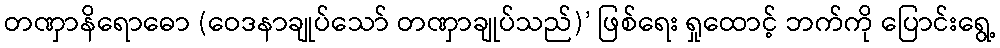
တဏှာနိရောဓော (ဝေဒနာချုပ်သော် တဏှာချုပ်သည်)’ ဖြစ်ရေး ရှုထောင့် ဘက်ကို ပြောင်းရွေ့